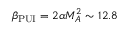
\beta _ { \mathrm { P U I } } = 2 \alpha M _ { A } ^ { 2 } \sim 1 2 . 8